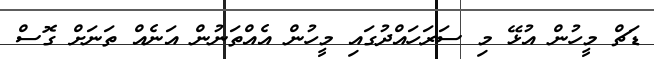
ޑަޗް މީހުން އުޅޭ މި ސަރަހައްދުގައި މީހުން އެއްތަނުން އަނެއް ތަނަށް ގޮސް